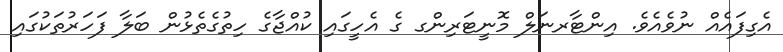
އެގިފައެއް ނުވެއެވެ. އިންޓާރނަލް މޮނީޓަރިންގ ގެ އެހީގައި ކުއްޖާގެ ހިތުގެތެޅުން ބަލާ ފަހަރުތަކުގައި